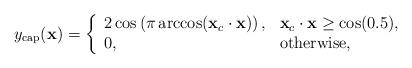
LaTeX: \begin{align*}y_{\rm{cap}}(\mathbf{x}) = \left\{ \begin{array}{l l} 2\cos\left(\pi\arccos(\mathbf{x}_c\cdot\mathbf{x})\right), & \mathbf{x}_c\cdot\mathbf{x}\geq\cos(0.5),\\ 0, & \rm{otherwise}, \end{array} \right.\end{align*}